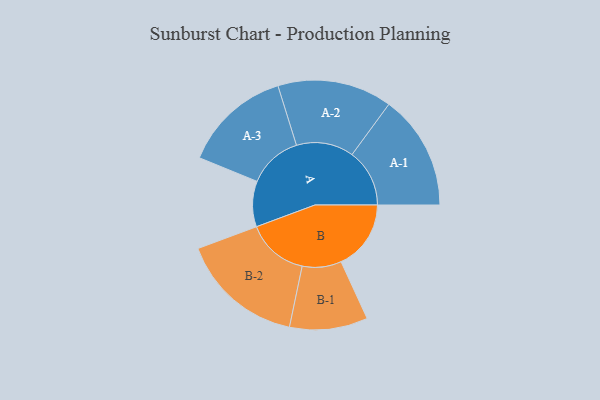
{"axis": {"x": "Segment", "y": "Value"}, "legend": ["", "A", "B"], "data": [{"x": "A", "y": 210, "type": ""}, {"x": "B", "y": 322, "type": ""}, {"x": "A-1", "y": 265, "type": "A"}, {"x": "A-2", "y": 264, "type": "A"}, {"x": "A-3", "y": 249, "type": "A"}, {"x": "B-1", "y": 180, "type": "B"}, {"x": "B-2", "y": 285, "type": "B"}]}